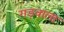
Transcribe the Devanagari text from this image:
गड़वाला